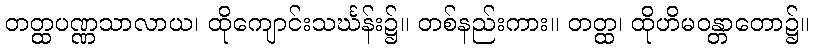
တတ္ထပဏ္ဏသာလာယ၊ ထိုကျောင်းသင်္ဃန်း၌။ တစ်နည်းကား။ တတ္ထ၊ ထိုဟိမဝန္တာတော၌။